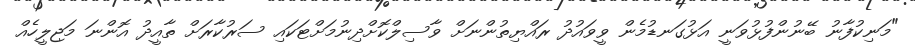
"މަނިކުފާނު ބޭނުންފުޅުވަނީ އަޅުގަނޑުމެން ވީވައުދު ރައްޔިތުންނަށް ވާސިލްކޮށްދިނުމަށްޓަކައި ސަރުކާރަށް ތާއީދު އޮންނަ މަޖިލީހެއް